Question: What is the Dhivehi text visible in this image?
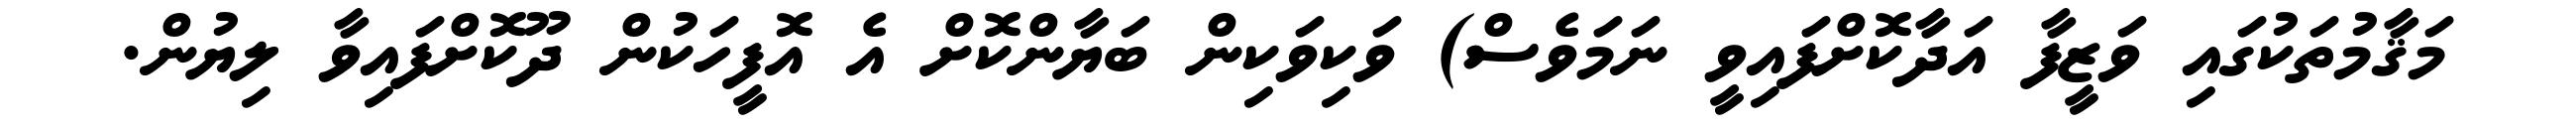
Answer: މަޤާމުތަކުގައި ވަޒީފާ އަދާކޮށްފައިވީ ނަމަވެސް) ވަކިވަކިން ބަޔާންކޮށް އެ އޮފީހަކުން ދޫކޮށްފައިވާ ލިޔުން.